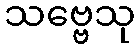
သဗ္ဗေသု